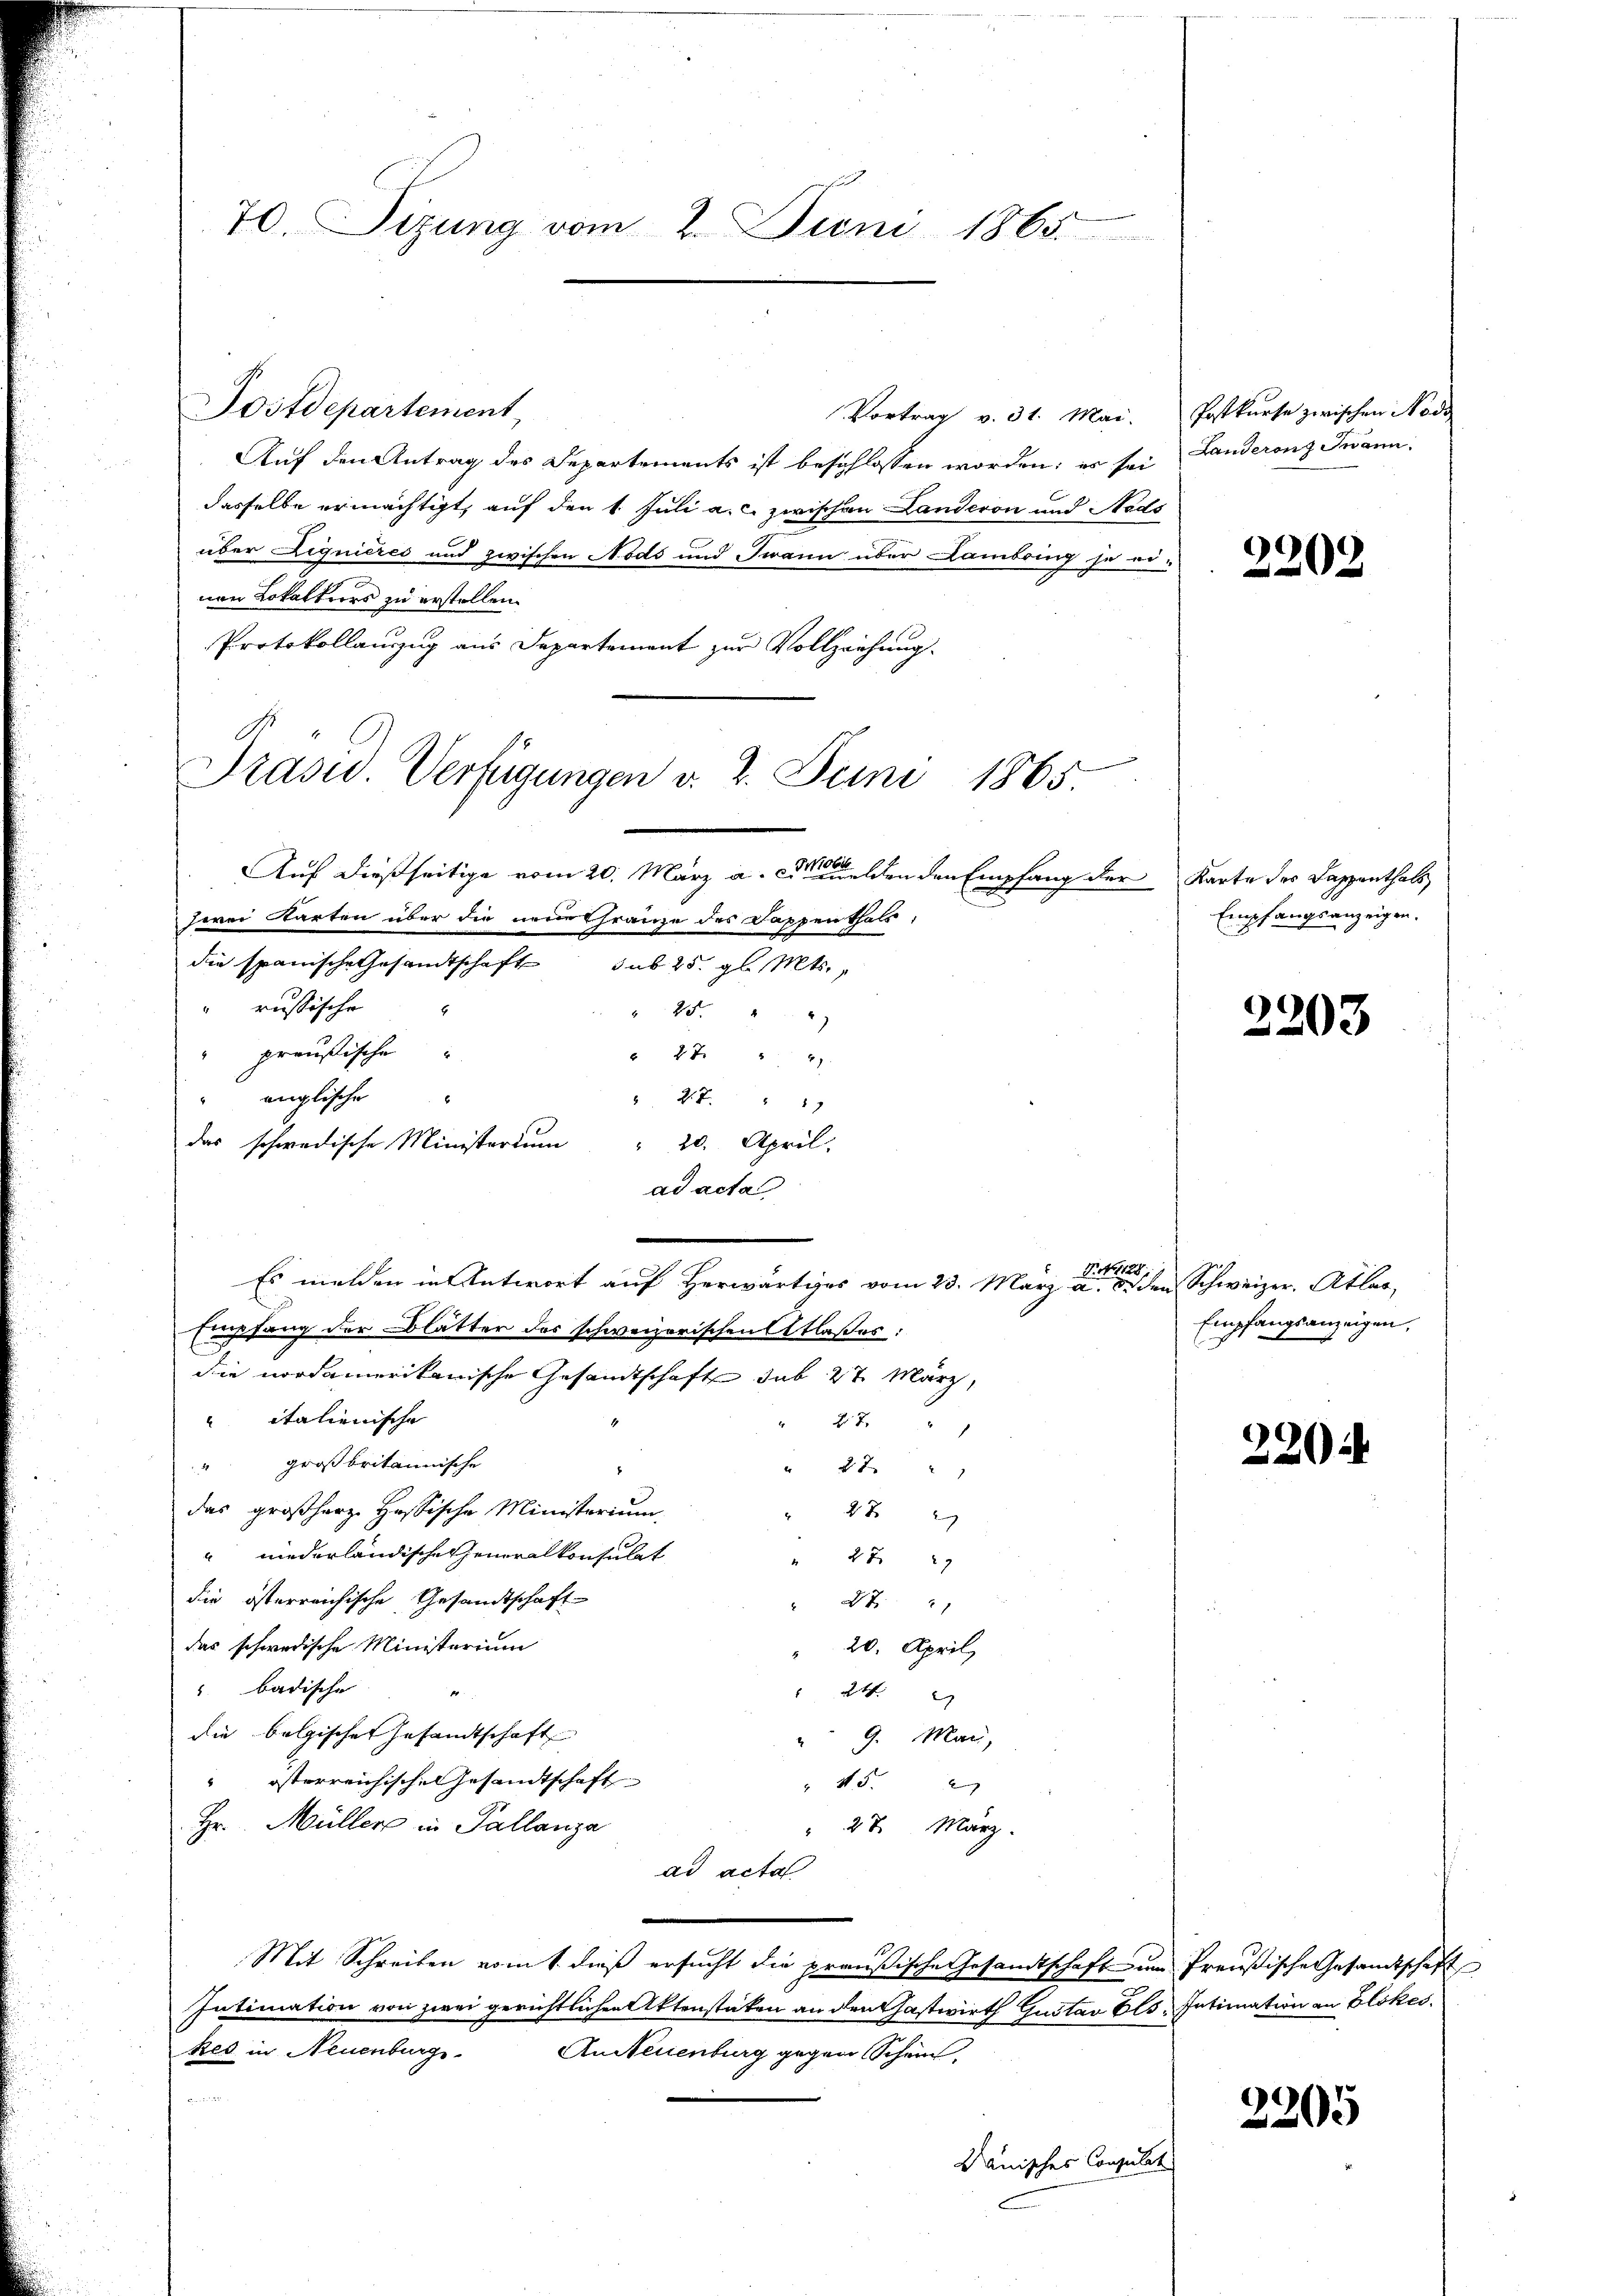
70. Sizung vom 2. Juni 1865

Postdepartement
Vortrag v. 31. Mai. Postkurse zwischen Nodo
Auf den Antrag des Departements ist beschlossen worden; es sei
dasselbe ermächtigt, auf den 1. Juli a. c. zwischen Landeron und Nods
über Liquieres und zwischen Nods und Jwann über Lambring se ri-
nen Lokaltiers zu erstellen.
Protokollauszug aus Departement zur Vollziehung.
Auf dießseitige vom 20. März a. c. den den Empfang der Karte des Kappenthals
zerei Starten über die neue Thränze des Dappenthals,
die spanische Gesandtschaft sub 25. gl. Mts.
russische
 25. 2
preußische
" 47. " 21
englische
 2.7. 19
das schwedische Ministerium" 20. April.
ad acta
N. N. 1128.
Es melden in Antwort auf Herwärtiges vom 23. März a. d. den Schweizer, Atlas¬
Empfang der Blätter des schweizerischen Atlaßes:
die nordamerikanische Gesandtschaft sub 27. März,
 italienische
No. 2.
1
" großbritannische
27
das großherz. Hassische Ministerium
272
 niederländische Generalkonsulat
2 xx
die österreichische Gesandtschaft
 27. 2
das schwedische Ministerium
20. April
 badische
24
die belgischen Gesandtschaft
 9. Mai,
" österreichische Gesandtschaft
" 45. 2
Hr. Müller in Pallanza
" 27. März.
ad acta
Mit Schreiben vom 1. dieß ersucht die preußische Gesandtschaft zum Preußische Gesandtschaft
Intimation von zwei gerichtlichen Aktenstaten an den Gastwirth Gustav Els. Intimation an Glokes.
kes in Neuenburg. Andeuenburg gegen Schein,
Binzi
Dauisches Consulat

Präsid. Verfügungen v. 2. Juni 1865.

Landerenz Twann.

2202

Empfangsanzeigen.

2203

Empfangsanzeigen,

220

2205